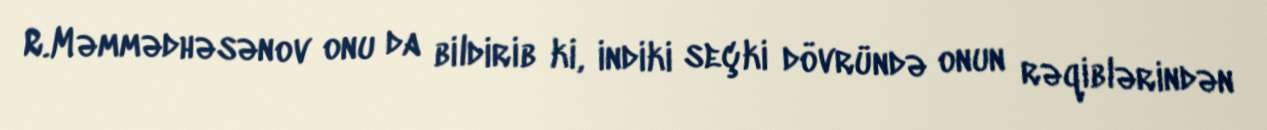
R.Məmmədhəsənov onu da bildirib ki, indiki seçki dövründə onun rəqiblərindən